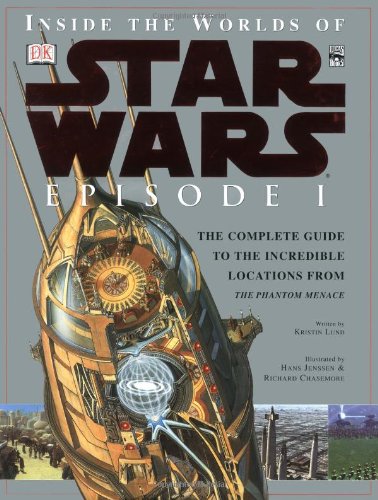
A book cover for Inside the Worlds of Star Wars, Episode I - The Phantom Menace: The Complete Guide to the Incredible Locations; Kristen Lund; Crafts, Hobbies & Home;